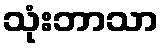
သုံးဘာသာ